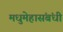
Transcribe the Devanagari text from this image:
मधुमेहासंबंधी